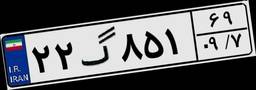
۶۵گ۹۰۸۱۷